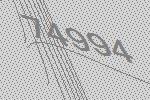
74994